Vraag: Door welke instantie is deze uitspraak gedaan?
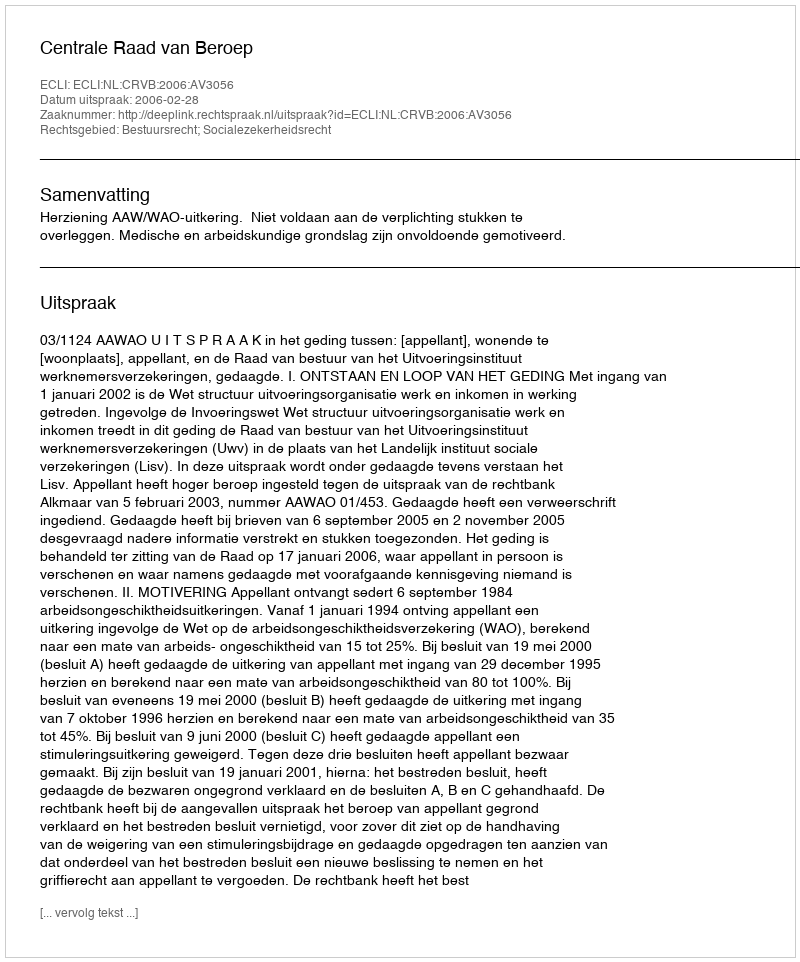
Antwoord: Centrale Raad van Beroep